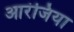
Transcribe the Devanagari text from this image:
आरंजिया